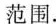
范围。